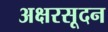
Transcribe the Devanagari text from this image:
अक्षरसूदन